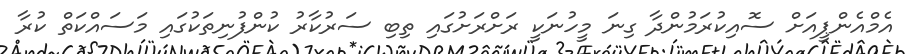
އެމްއެންޕީއަށް ސޮއިކުރަމުންދާ ގިނަ މީހުނަކީ ރަށްރަށުގައި ތިބި ސަރުކާރު ކުންފުނިތަކުގައި މަސައްކަތް ކުރާ